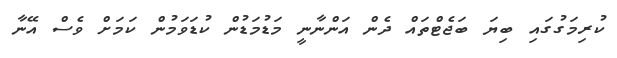
ކުރިމަގުގައި ބިޔަ ބަޖެޓްތައް ދެން އަންނާނީ މަޑުމަޑުން ކުޑަވަމުން ކަމަށް ވެސް އޭނާ